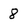
Character: 8